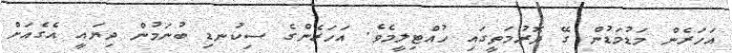
އަހަރެން މަޑުމަޑުން ގޭ ދޮރުމަތީގައި ހުއްޓިލީމެވެ. އަހަރެންގެ ސިކުނޑި ބުނަމުން ދިޔައީ އެގެއަށް